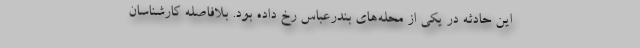
این حادثه در یکی از محله‌های بندرعباس رخ داده بود. بلافاصله کارشناسان